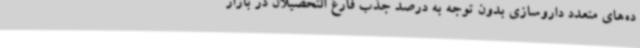
ده‌های متعدد داروسازی بدون توجه به درصد جذب فارغ التحصیلان در بازار